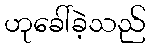
ဟုခေါ်ခဲ့သည်